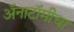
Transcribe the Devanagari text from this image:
अॅनाटॉमीचा